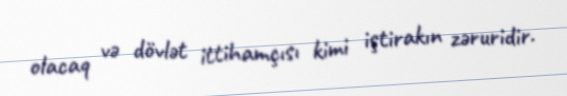
olacaq və dövlət ittihamçısı kimi iştirakın zəruridir.